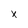
Character: x